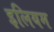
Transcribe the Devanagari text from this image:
इलियम